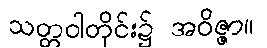
သတ္တဝါတိုင်း၌ အဝိဇ္ဇာ။